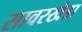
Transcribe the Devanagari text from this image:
सावरखेडा